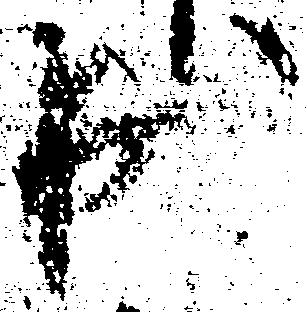
出